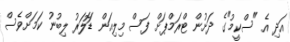
އަދި އެ "ސްކީމު"ގެ ދަށުން ޓްރަމްޕަށް ފަސް މިލިއަން ޑޮަލަރު ލިބުނު ކަމަށްވެސް